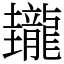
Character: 𪚝